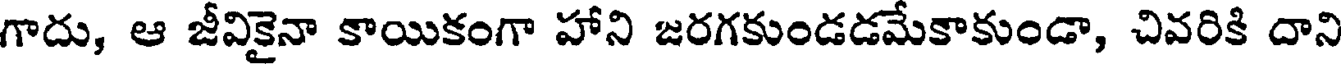
గాదు, ఆ జీవికైనా కాయికంగా హాని జరగకుండడమేకాకుండా, చివరికి దాని